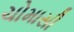
ચોમાસી